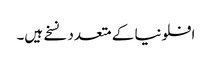
افلونیا کے متعدد نسخے ہیں۔